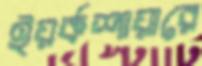
ইয়র্কশায়ারে